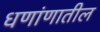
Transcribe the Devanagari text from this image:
धणांणातील